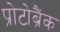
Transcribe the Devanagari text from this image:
प्रोटोब्रैंक